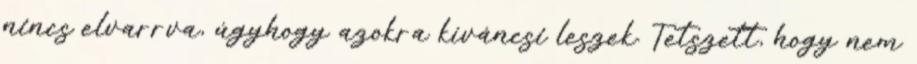
nincs elvarrva, úgyhogy azokra kíváncsi leszek. Tetszett, hogy nem